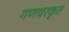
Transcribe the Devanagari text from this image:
गणधरकृत